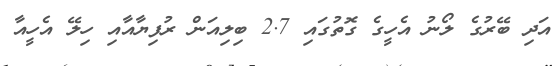
އަދި ބޭރުގެ ލޯނު އެހީގެ ގޮތުގައި 2.7 ބިލިއަން ރުފިޔާއާއި ހިލޭ އެހީއާ